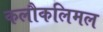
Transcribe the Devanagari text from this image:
कलौकलिमल